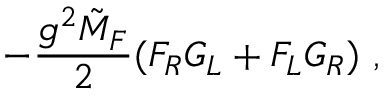
- \frac { g ^ { 2 } \tilde { M } _ { F } } { 2 } ( F _ { R } G _ { L } + F _ { L } G _ { R } ) \ ,